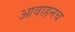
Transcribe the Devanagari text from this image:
आवाहनच